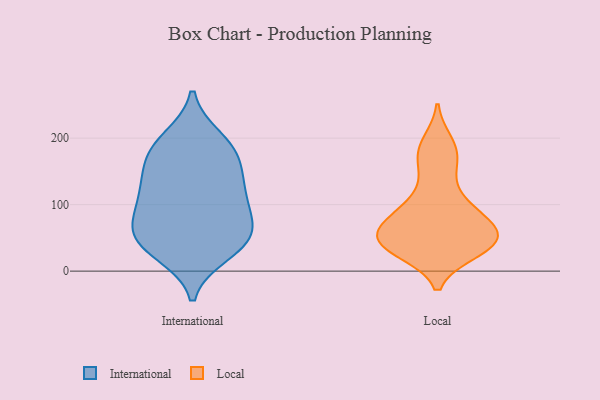
{"axis": {"x": "Backlog", "y": "Value"}, "legend": ["International", "Local"], "data": [{"x": "", "y": 106, "type": "International"}, {"x": "", "y": 191, "type": "International"}, {"x": "", "y": 49, "type": "International"}, {"x": "", "y": 163, "type": "International"}, {"x": "", "y": 125, "type": "International"}, {"x": "", "y": 106, "type": "International"}, {"x": "", "y": 35, "type": "International"}, {"x": "", "y": 181, "type": "International"}, {"x": "", "y": 45, "type": "International"}, {"x": "", "y": 158, "type": "International"}, {"x": "", "y": 67, "type": "International"}, {"x": "", "y": 199, "type": "International"}, {"x": "", "y": 125, "type": "International"}, {"x": "", "y": 58, "type": "International"}, {"x": "", "y": 27, "type": "International"}, {"x": "", "y": 76, "type": "International"}, {"x": "", "y": 44, "type": "Local"}, {"x": "", "y": 82, "type": "Local"}, {"x": "", "y": 177, "type": "Local"}, {"x": "", "y": 42, "type": "Local"}, {"x": "", "y": 176, "type": "Local"}, {"x": "", "y": 83, "type": "Local"}, {"x": "", "y": 85, "type": "Local"}, {"x": "", "y": 45, "type": "Local"}, {"x": "", "y": 40, "type": "Local"}, {"x": "", "y": 46, "type": "Local"}, {"x": "", "y": 144, "type": "Local"}, {"x": "", "y": 81, "type": "Local"}, {"x": "", "y": 49, "type": "Local"}, {"x": "", "y": 192, "type": "Local"}, {"x": "", "y": 31, "type": "Local"}, {"x": "", "y": 59, "type": "Local"}, {"x": "", "y": 111, "type": "Local"}, {"x": "", "y": 35, "type": "Local"}]}